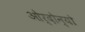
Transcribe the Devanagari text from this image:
ओर्दोन्यो